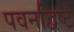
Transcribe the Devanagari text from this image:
पवनद्विष्ट